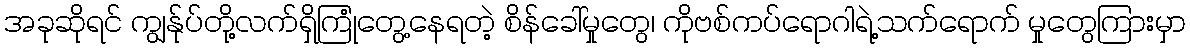
အခုဆိုရင် ကျွန်ုပ်တို့လက်ရှိကြုံတွေ့နေရတဲ့ စိန်ခေါ်မှုတွေ၊ ကိုဗစ်ကပ်ရောဂါရဲ့သက်ရောက် မှုတွေကြားမှာ